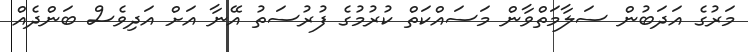
މަރުގެ އަދަބުން ސަލާމަތްވާން މަސައްކަތް ކުރުމުގެ ފުރުސަތު އޭނާ އަށް އަދިވެސް ބަންދެއް